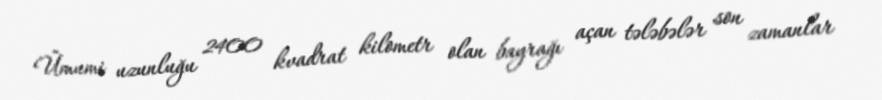
Ümumi uzunluğu 2400 kvadrat kilometr olan bayrağı açan tələbələr son zamanlar